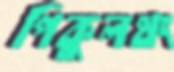
পিকুলথং